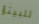
للبيتزا